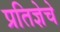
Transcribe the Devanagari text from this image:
प्रतिज्ञेचे